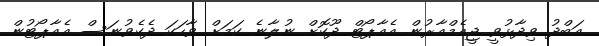
އަބްދު ވިދާޅުވީ ޖީއެމްއާރުން އެއާޕޯޓް ދޫކޮށް ނުލާނެ ކަމަށް ވާހަކަ ދެކެވުނަސް އެއާޕޯޓުން